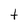
Character: t